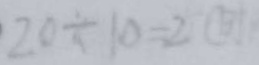
2 0 \div 1 0 = 2